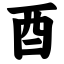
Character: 酉